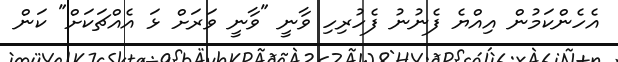
އެހެންކަމުން އިއްޔެ ފެނުނު ފެހުރިހި ވާނީ "ވާނީ ވަރަށް ޅަ އެއްޗަކަށް" ކަން